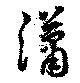
瀟